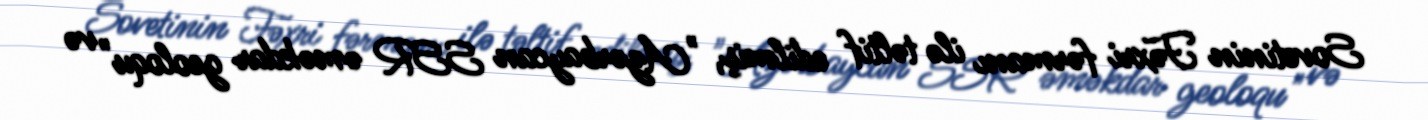
Sovetinin Fəxri fərmanı ilə təltif edilmiş, "Azərbaycan SSR əməkdar geoloqu" və